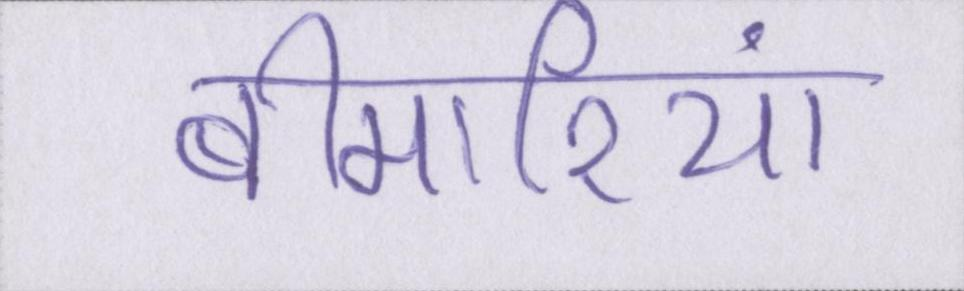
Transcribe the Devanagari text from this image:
बीमारियां